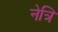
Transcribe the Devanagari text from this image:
नेत्रि